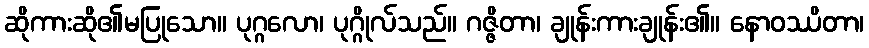
ဆိုကားဆို၏မပြုသော။ ပုဂ္ဂလော၊ ပုဂ္ဂိုလ်သည်။ ဂဇ္ဇိတာ၊ ချုန်းကားချုန်း၏။ နောဝဿိတာ၊